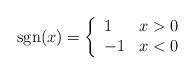
\begin{align*}{\rm sgn}(x)=\left\{\begin{array}{ll}1 \ & x>0 \\-1 & x<0 \\\end{array}\right.\end{align*}